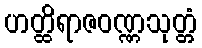
ဟတ္ထိရာဇဝဏ္ဏသုတ္တံ